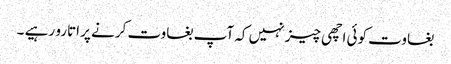
بغاوت کوئی اچھی چیز نہیں کہ آپ بغاوت کرنے پر اتارو رہیے ۔